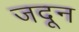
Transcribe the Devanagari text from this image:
जदून